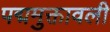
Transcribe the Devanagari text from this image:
पद्ममुक्तावली